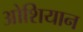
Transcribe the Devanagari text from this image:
ओशियान